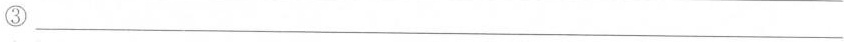
③___